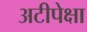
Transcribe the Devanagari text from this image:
अटीपेक्षा